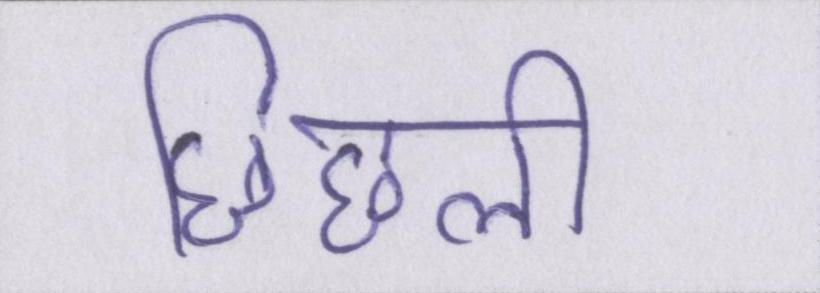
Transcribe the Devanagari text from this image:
छिछली